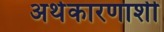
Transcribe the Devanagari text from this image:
अर्थकारणाशी